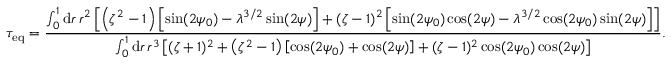
\tau _ { \mathrm { e q } } = \frac { \int _ { 0 } ^ { 1 } \mathrm { d } r \, r ^ { 2 } \left[ \left( \zeta ^ { 2 } - 1 \right) \left[ \sin ( 2 \psi _ { 0 } ) - \lambda ^ { 3 / 2 } \sin ( 2 \psi ) \right] + ( \zeta - 1 ) ^ { 2 } \left[ \sin ( 2 \psi _ { 0 } ) \cos ( 2 \psi ) - \lambda ^ { 3 / 2 } \cos ( 2 \psi _ { 0 } ) \sin ( 2 \psi ) \right] \right] } { \int _ { 0 } ^ { 1 } \mathrm { d } r \, r ^ { 3 } \left[ ( \zeta + 1 ) ^ { 2 } + \left( \zeta ^ { 2 } - 1 \right) \left[ \cos ( 2 \psi _ { 0 } ) + \cos ( 2 \psi ) \right] + ( \zeta - 1 ) ^ { 2 } \cos ( 2 \psi _ { 0 } ) \cos ( 2 \psi ) \right] } .